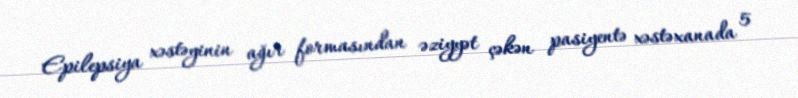
Epilepsiya xəstəyinin ağır formasından əziyyət çəkən pasiyentə xəstəxanada 5